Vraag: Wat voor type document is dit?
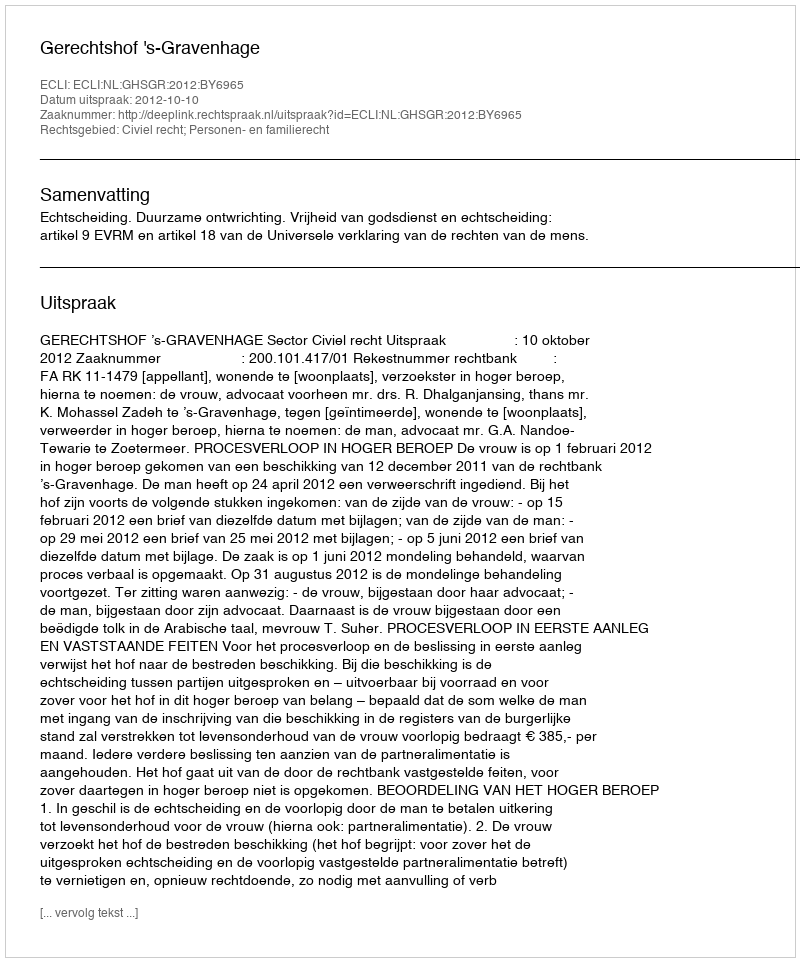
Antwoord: Uitspraak